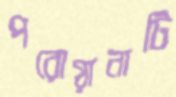
পরোয়ানাটি